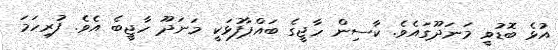
އުޅެ ބޮޑުވީ މަނަދޫގައެވެ. ކާސިން ހާޖީގެ ބައްޕާފުޅަކީ މަނަދޫ ހާޖީބެ އެވެ. ފުރިހަމަ